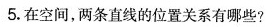
5.在空间，两条直线的位置关系有哪些?